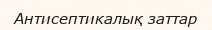
Антисептикалық заттар